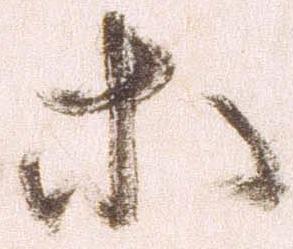
等